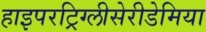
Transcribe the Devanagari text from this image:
हाइपरट्रिग्लीसेरीडेमिया